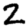
Digit: 2